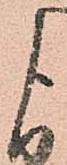
よ